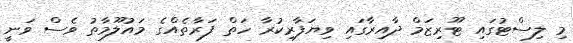
މި ލިސްޓުގައި ޓޫރިޒަމް ދާއިރާގައި ވިޔަފާރިކުރާ ހަތް ފަރާތެއްގެ މައުލޫމާތު ވެސް ވަނީ